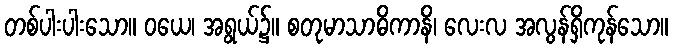
တစ်ပါးပါးသော။ ဝယေ၊ အရွယ်၌။ စတုမာသာဓိကာနိ၊ လေးလ အလွန်ရှိကုန်သော။